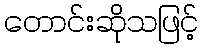
တောင်းဆိုသဖြင့်